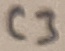
Text: C3